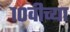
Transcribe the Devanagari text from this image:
१०वीच्या